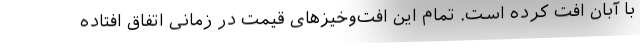
با آبان افت کرده است. تمام این افت‌وخیزهای قیمت در زمانی اتفاق افتاده